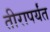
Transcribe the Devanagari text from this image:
तीरापर्यंत